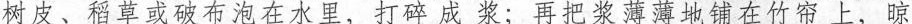
树皮、稻草或破布泡在水里，打碎成浆;再把浆薄薄地铺在竹帘上，晾